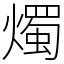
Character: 燭